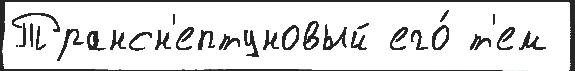
Трансн'ептуновый его́ т'ем